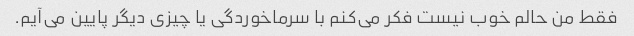
فقط من حالم خوب نیست فکر می‌کنم با سرماخوردگی یا چیزی دیگر پایین می‌آیم.